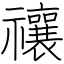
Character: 禳